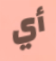
أي